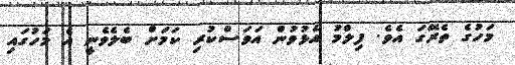
މަހުގެ ތެރޭގަ އެވެ. ފިލްމު އެޅުވުން އަވަސްކުރި ކަމަށް ބެލެވެނީ އެ މަހުގައި